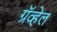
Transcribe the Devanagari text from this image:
ग्रॅव्हेल